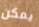
يمكن